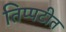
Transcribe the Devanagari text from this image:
तिप्पटीत